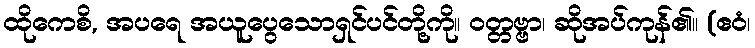
ထိုကေစိ, အပရေ အယူပွေသောရှင်ပင်တို့ကို။ ဝတ္တဗ္ဗာ၊ ဆိုအပ်ကုန်၏။ (ဧဝံ၊